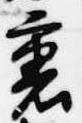
裏